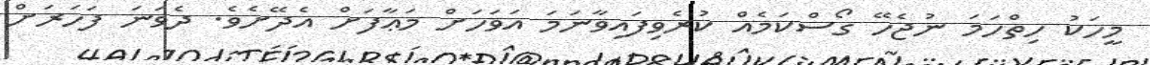
މީހަކު ހިތްހަމަ ނުޖެހޭ ގޯސްކަމެއް ކުރެވިފައިވާނަމަ އަވަހަށް މަޢާފަށް އެދޭށެވެ. ދެވަނަ ފަހަރަށް